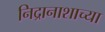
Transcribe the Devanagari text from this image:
निद्रानाशाच्या